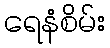
ရေနံစိမ်း